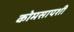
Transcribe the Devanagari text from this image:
कोमसापशी